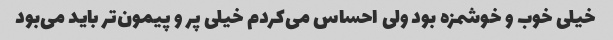
خیلی خوب و خوشمزه بود ولی احساس می‌کردم خیلی پر و پیمون‌تر باید می‌بود